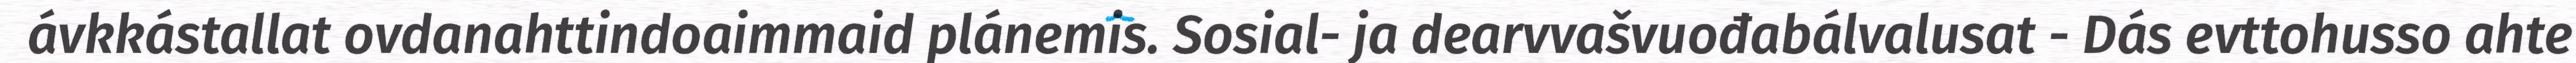
ávkkástallat ovdanahttindoaimmaid plánemis. Sosial- ja dearvvašvuođabálvalusat - Dás evttohusso ahte